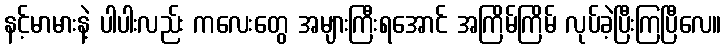
နင့်မာမားနဲ့ ပါပါးလည်း ကလေးတွေ အများကြီးရအောင် အကြိမ်ကြိမ် လုပ်ခဲ့ပြီးကြပြီလေ။